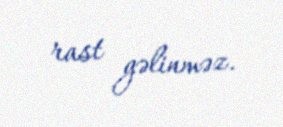
rast gəlinməz.